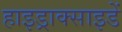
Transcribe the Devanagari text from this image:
हाइड्राक्साइडें